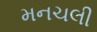
મનચલી